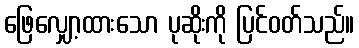
ဖြေလျှော့ထားသော ပုဆိုးကို ပြင်ဝတ်သည်။